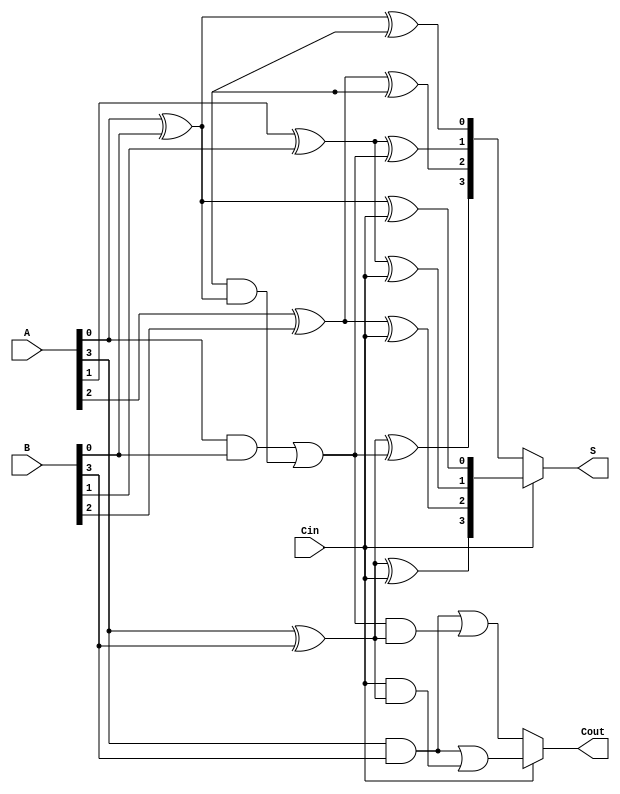
module CCSA #(parameter N = 4) (
    input  wire [N-1:0] A,     // First n-bit input
    input  wire [N-1:0] B,     // Second n-bit input
    input  wire Cin,           // Carry-in
    output wire [N-1:0] S,     // n-bit sum output
    output wire Cout           // Carry-out
);

    // Intermediate signals for sum and carry
    wire [N-1:0] S0, S1;       // Sum for Cin = 0 and Cin = 1
    wire [N:0] C0, C1;         // Carry for Cin = 0 and Cin = 1

    // First Segment (lower half of the bits)
    genvar i;
    generate
        for (i = 0; i < N/2; i = i + 1) begin : segment1
            // Sum and carry calculations for Cin = 0
            assign S0[i] = A[i] ^ B[i] ^ C0[i];
            assign C0[i+1] = (A[i] & B[i]) | (C0[i] & (A[i] ^ B[i]));

            // Sum and carry calculations for Cin = 1
            assign S1[i] = A[i] ^ B[i] ^ (Cin);
            assign C1[i+1] = (A[i] & B[i]) | (Cin & (A[i] ^ B[i]));
        end
    endgenerate

    // Second Segment (upper half of the bits)
    generate
        for (i = N/2; i < N; i = i + 1) begin : segment2
            // Sum and carry calculations for Cin = 0
            assign S0[i] = A[i] ^ B[i] ^ C0[i-N/2];
            assign C0[i+1] = (A[i] & B[i]) | (C0[i-N/2] & (A[i] ^ B[i]));

            // Sum and carry calculations for Cin = 1
            assign S1[i] = A[i] ^ B[i] ^ (Cin);
            assign C1[i+1] = (A[i] & B[i]) | (Cin & (A[i] ^ B[i]));
        end
    endgenerate

    // Carry Select Multiplexer
    assign S = Cin ? S1 : S0;

    // Final Carry-out
    assign Cout = Cin ? C1[N] : C0[N];

endmodule